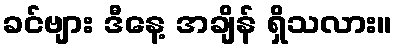
ခင်ဗျား ဒီနေ့ အချိန် ရှိသလား။